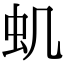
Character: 虮